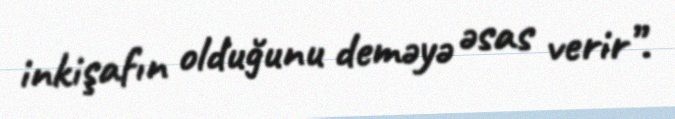
inkişafın olduğunu deməyə əsas verir”.